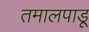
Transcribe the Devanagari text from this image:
तमालपाडू